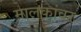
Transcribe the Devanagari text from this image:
मालकांवर